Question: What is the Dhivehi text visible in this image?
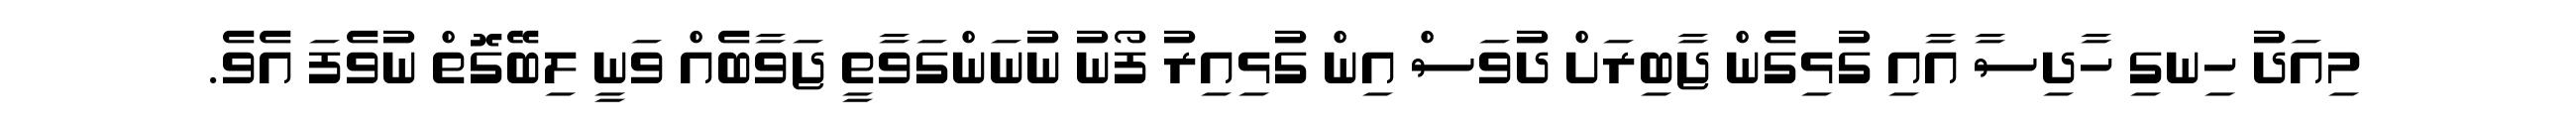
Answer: މިއަދު ހިނގި ހާދިސާ އާއި ގުޅިގެން ޖާބިރަށް ދުވަސް އިން ގުޅިއިރު ފޯނު ނުނަންގަވާތީ ޖަވާބެއް ވަނީ ލިބޭގޮތް ނުވެފަ އެވެ.